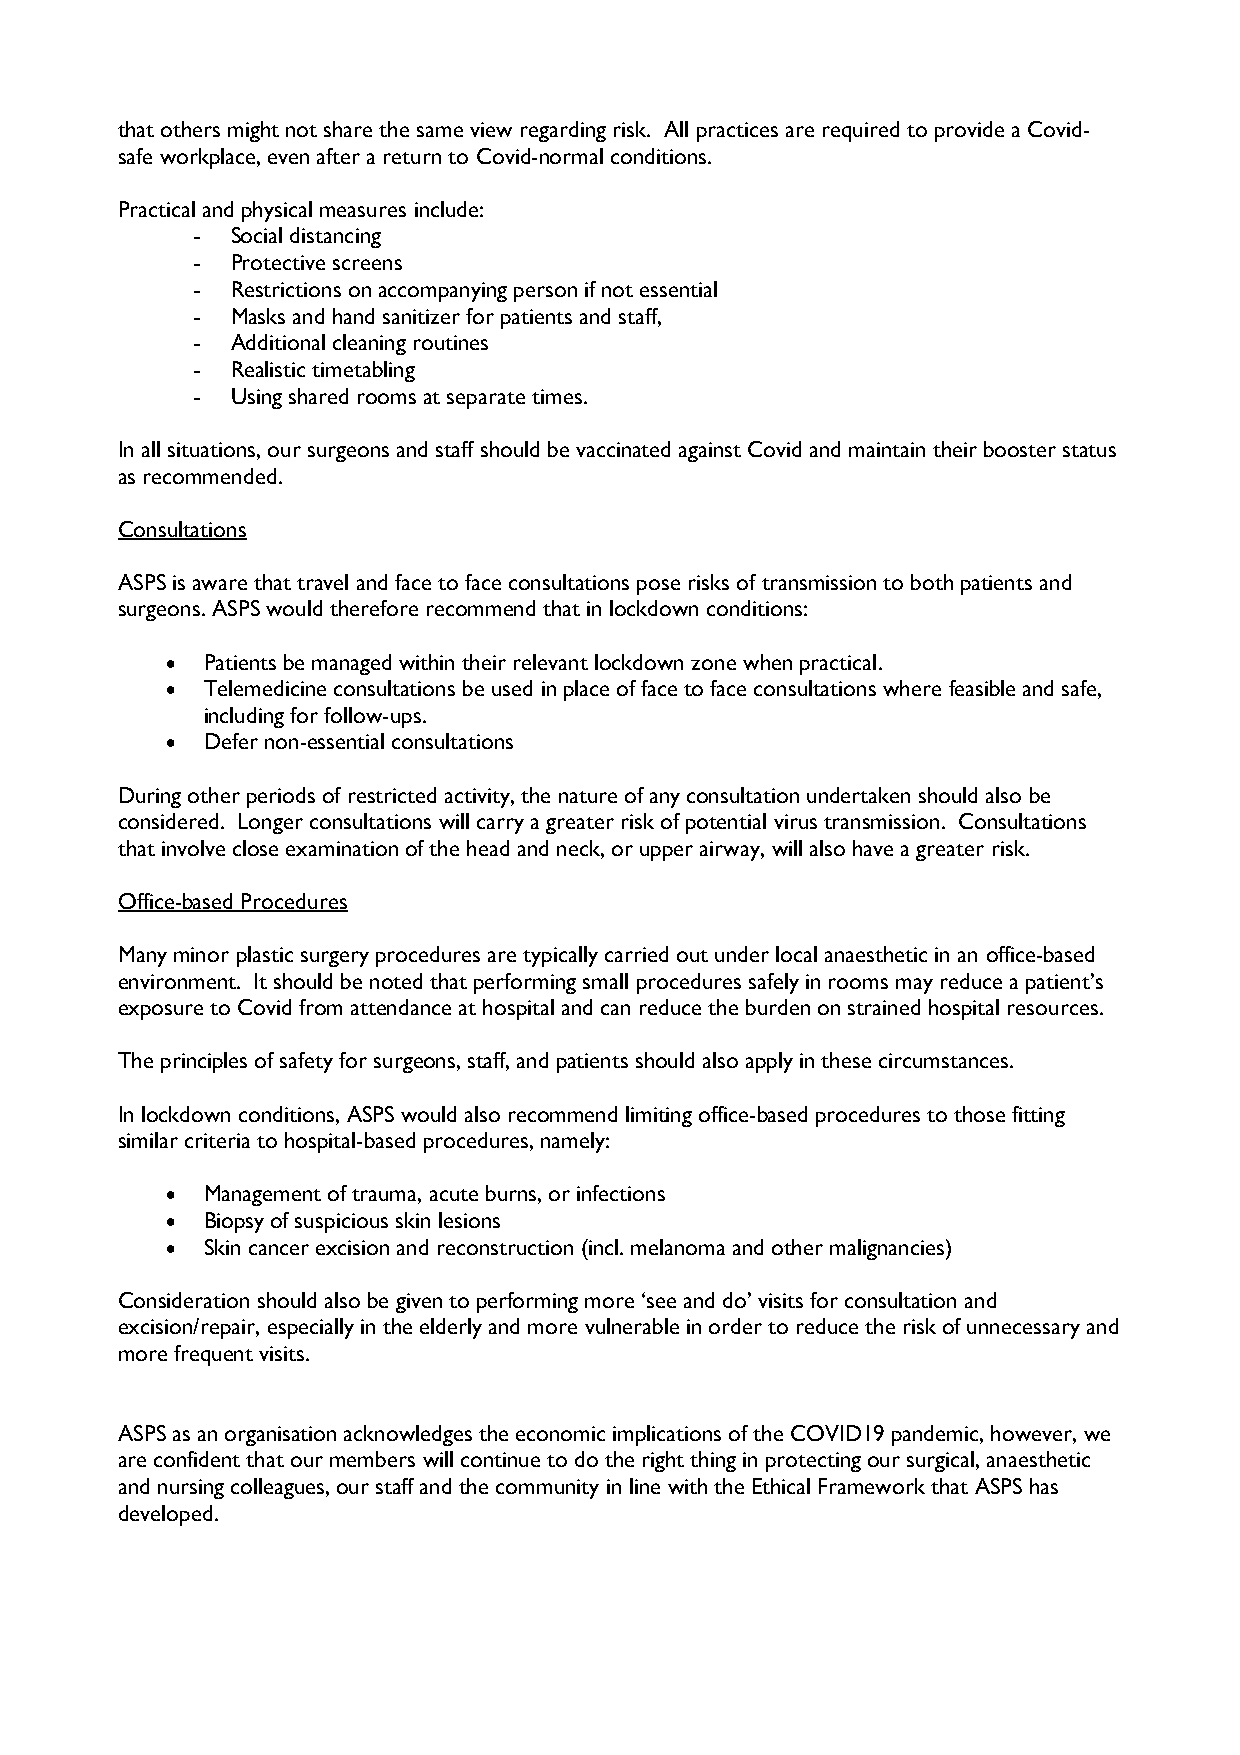
that others might not share the same view regarding risk. All practices are required to provide a Covid-
 safe workplace, even after a return to Covid-normal conditions.
 Practical and physical measures include:
 - Social distancing
 - Protective screens
 - Restrictions on accompanying person if not essential
 - Masks and hand sanitizer for patients and staff,
 - Additional cleaning routines
 - Realistic timetabling
 - Using shared rooms at separate times.
 In all situations, our surgeons and staff should be vaccinated against Covid and maintain their booster status
 as recommended.
 Consultations
 ASPS is aware that travel and face to face consultations pose risks of transmission to both patients and
 surgeons. ASPS would therefore recommend that in lockdown conditions:
  Patients be managed within their relevant lockdown zone when practical.
  Telemedicine consultations be used in place of face to face consultations where feasible and safe,
 including for follow-ups.
  Defer non-essential consultations
 During other periods of restricted activity, the nature of any consultation undertaken should also be
 considered. Longer consultations will carry a greater risk of potential virus transmission. Consultations
 that involve close examination of the head and neck, or upper airway, will also have a greater risk.
 Office-based Procedures
 Many minor plastic surgery procedures are typically carried out under local anaesthetic in an office-based
 environment. It should be noted that performing small procedures safely in rooms may reduce a patient’s
 exposure to Covid from attendance at hospital and can reduce the burden on strained hospital resources.
 The principles of safety for surgeons, staff, and patients should also apply in these circumstances.
 In lockdown conditions, ASPS would also recommend limiting office-based procedures to those fitting
 similar criteria to hospital-based procedures, namely:
  Management of trauma, acute burns, or infections
  Biopsy of suspicious skin lesions
  Skin cancer excision and reconstruction (incl. melanoma and other malignancies)
 Consideration should also be given to performing more ‘see and do’ visits for consultation and
 excision/repair, especially in the elderly and more vulnerable in order to reduce the risk of unnecessary and
 more frequent visits.
 ASPS as an organisation acknowledges the economic implications of the COVID19 pandemic, however, we
 are confident that our members will continue to do the right thing in protecting our surgical, anaesthetic
 and nursing colleagues, our staff and the community in line with the Ethical Framework that ASPS has
 developed.